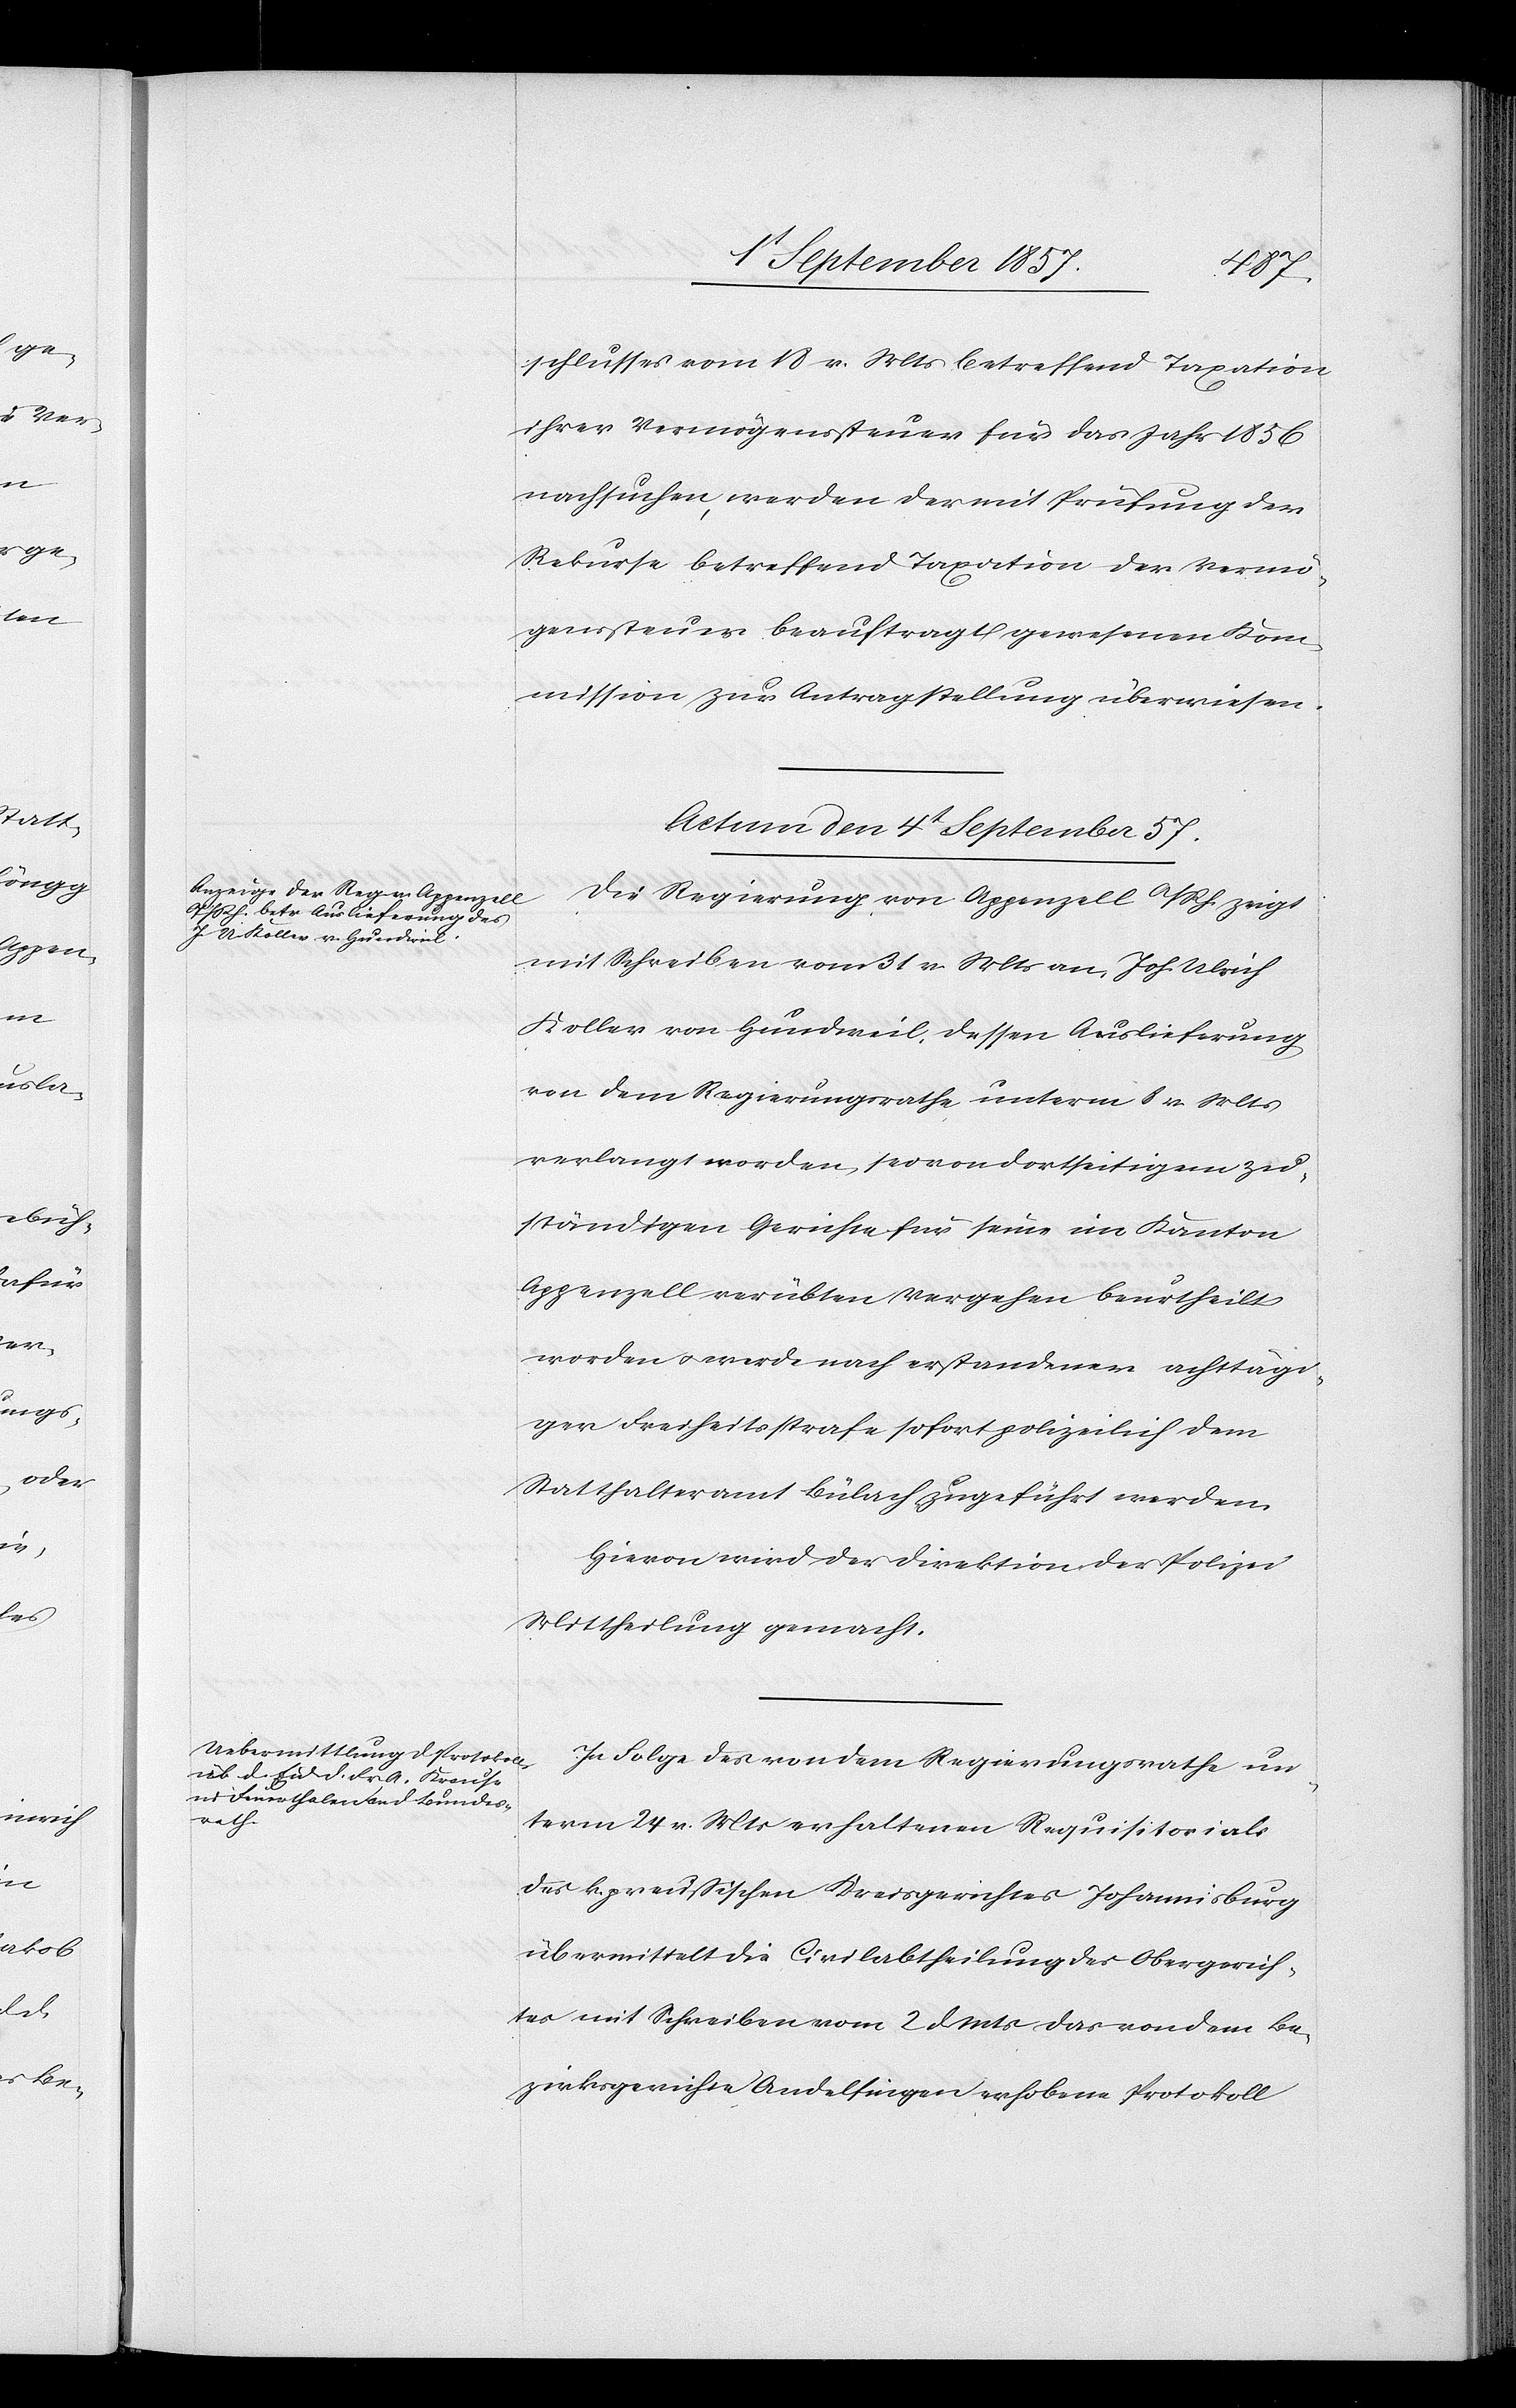
4t September 1857.]
den
schlusses vom 18 v. Mts. betreffend Taxation
ihrer Vermögenssteuer für das Jahr 1856
nachsuchen, werden der mit Prüfung der
Rekurse betreffend Taxation der Vermö¬
genssteuer beauftragt gewesenen Kom¬
mission zur Antragstellung überwiesen.
Die Regierung von Appenzell A/Rh. zeigt
mit Schreiben vom 31 v. Mts. an, Joh. Ulrich
Koller von Gundweil, dessen Auslieferung
von dem Regierungsrathe unterm 8 v. Mts.
verlangt worden, sei von dortseitigem zu¬
ständigen Gerichte für seine im Kanton
Appenzell verübten Vergehen beurtheilt
worden & werde nach erstandener achttägi¬
ger Freiheitsstrafe sofort polizeilich dem
Statthalteramt Bülach zugeführt werden.
Hievon wird der Direktion der Polizei
Mittheilung gemacht.
In Folge des von dem Regierungsrathe un¬
term 24 v. Mts. erhaltenen Requisitorials
des k. preußischen Kreisgerichtes Johannisburg
übermittelt die Civilabtheilung des Obergerich¬
tes mit Schreiben vom 2 d. Mts. das von dem Be¬
zirksgerichte Andelfingen erhobene Protokoll